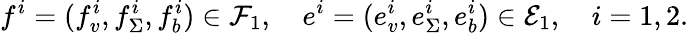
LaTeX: f^{i}=(f_{v}^{i},f_{\Sigma}^{i},f_{b}^{i})\in\mathcal{F}_{1},\quad e^{i}=(e_{v}^{i},e_{\Sigma}^{i},e_{b}^{i})\in\mathcal{E}_{1},\quad i=1,2.